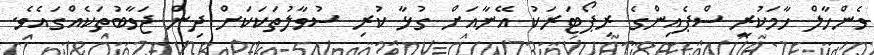
ވެންހާލް ހާމަކުރީ ސްޕެއިންގެ ރިޕޯޓަރަކު އޭނާއަށް ގުޅާ ކުރި ސުވާލުތަކަކަށް ދިން ޖަވާބުތަކެއްގައެވެ.